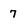
Character: 7